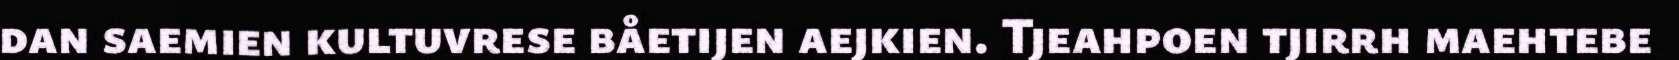
dan saemien kultuvrese båetijen aejkien. Tjeahpoen tjirrh maehtebe